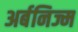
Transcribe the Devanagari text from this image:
अर्बनिज्म